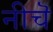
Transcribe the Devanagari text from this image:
नीचॆ